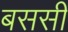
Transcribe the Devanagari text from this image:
बससी